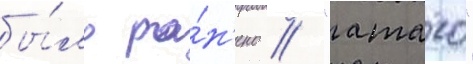
бы́ло ра́н'ено // "атаго"